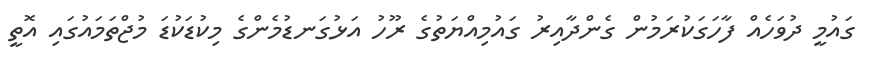
ގައުމީ ދުވަހެއް ފާހަގަކުރަމުން ގެންދާއިރު ގައުމިއްޔަތުގެ ރޫހު އަޅުގަނޑުމެންގެ މިކުޑަކުޑަ މުޖްތަމައުގައި އޮތީ